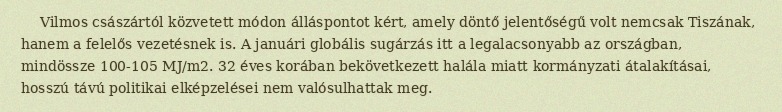
Vilmos császártól közvetett módon álláspontot kért, amely döntő jelentőségű volt nemcsak Tiszának, hanem a felelős vezetésnek is. A januári globális sugárzás itt a legalacsonyabb az országban, mindössze 100-105 MJ/m2. 32 éves korában bekövetkezett halála miatt kormányzati átalakításai, hosszú távú politikai elképzelései nem valósulhattak meg.